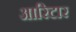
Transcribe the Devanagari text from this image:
आरिटार